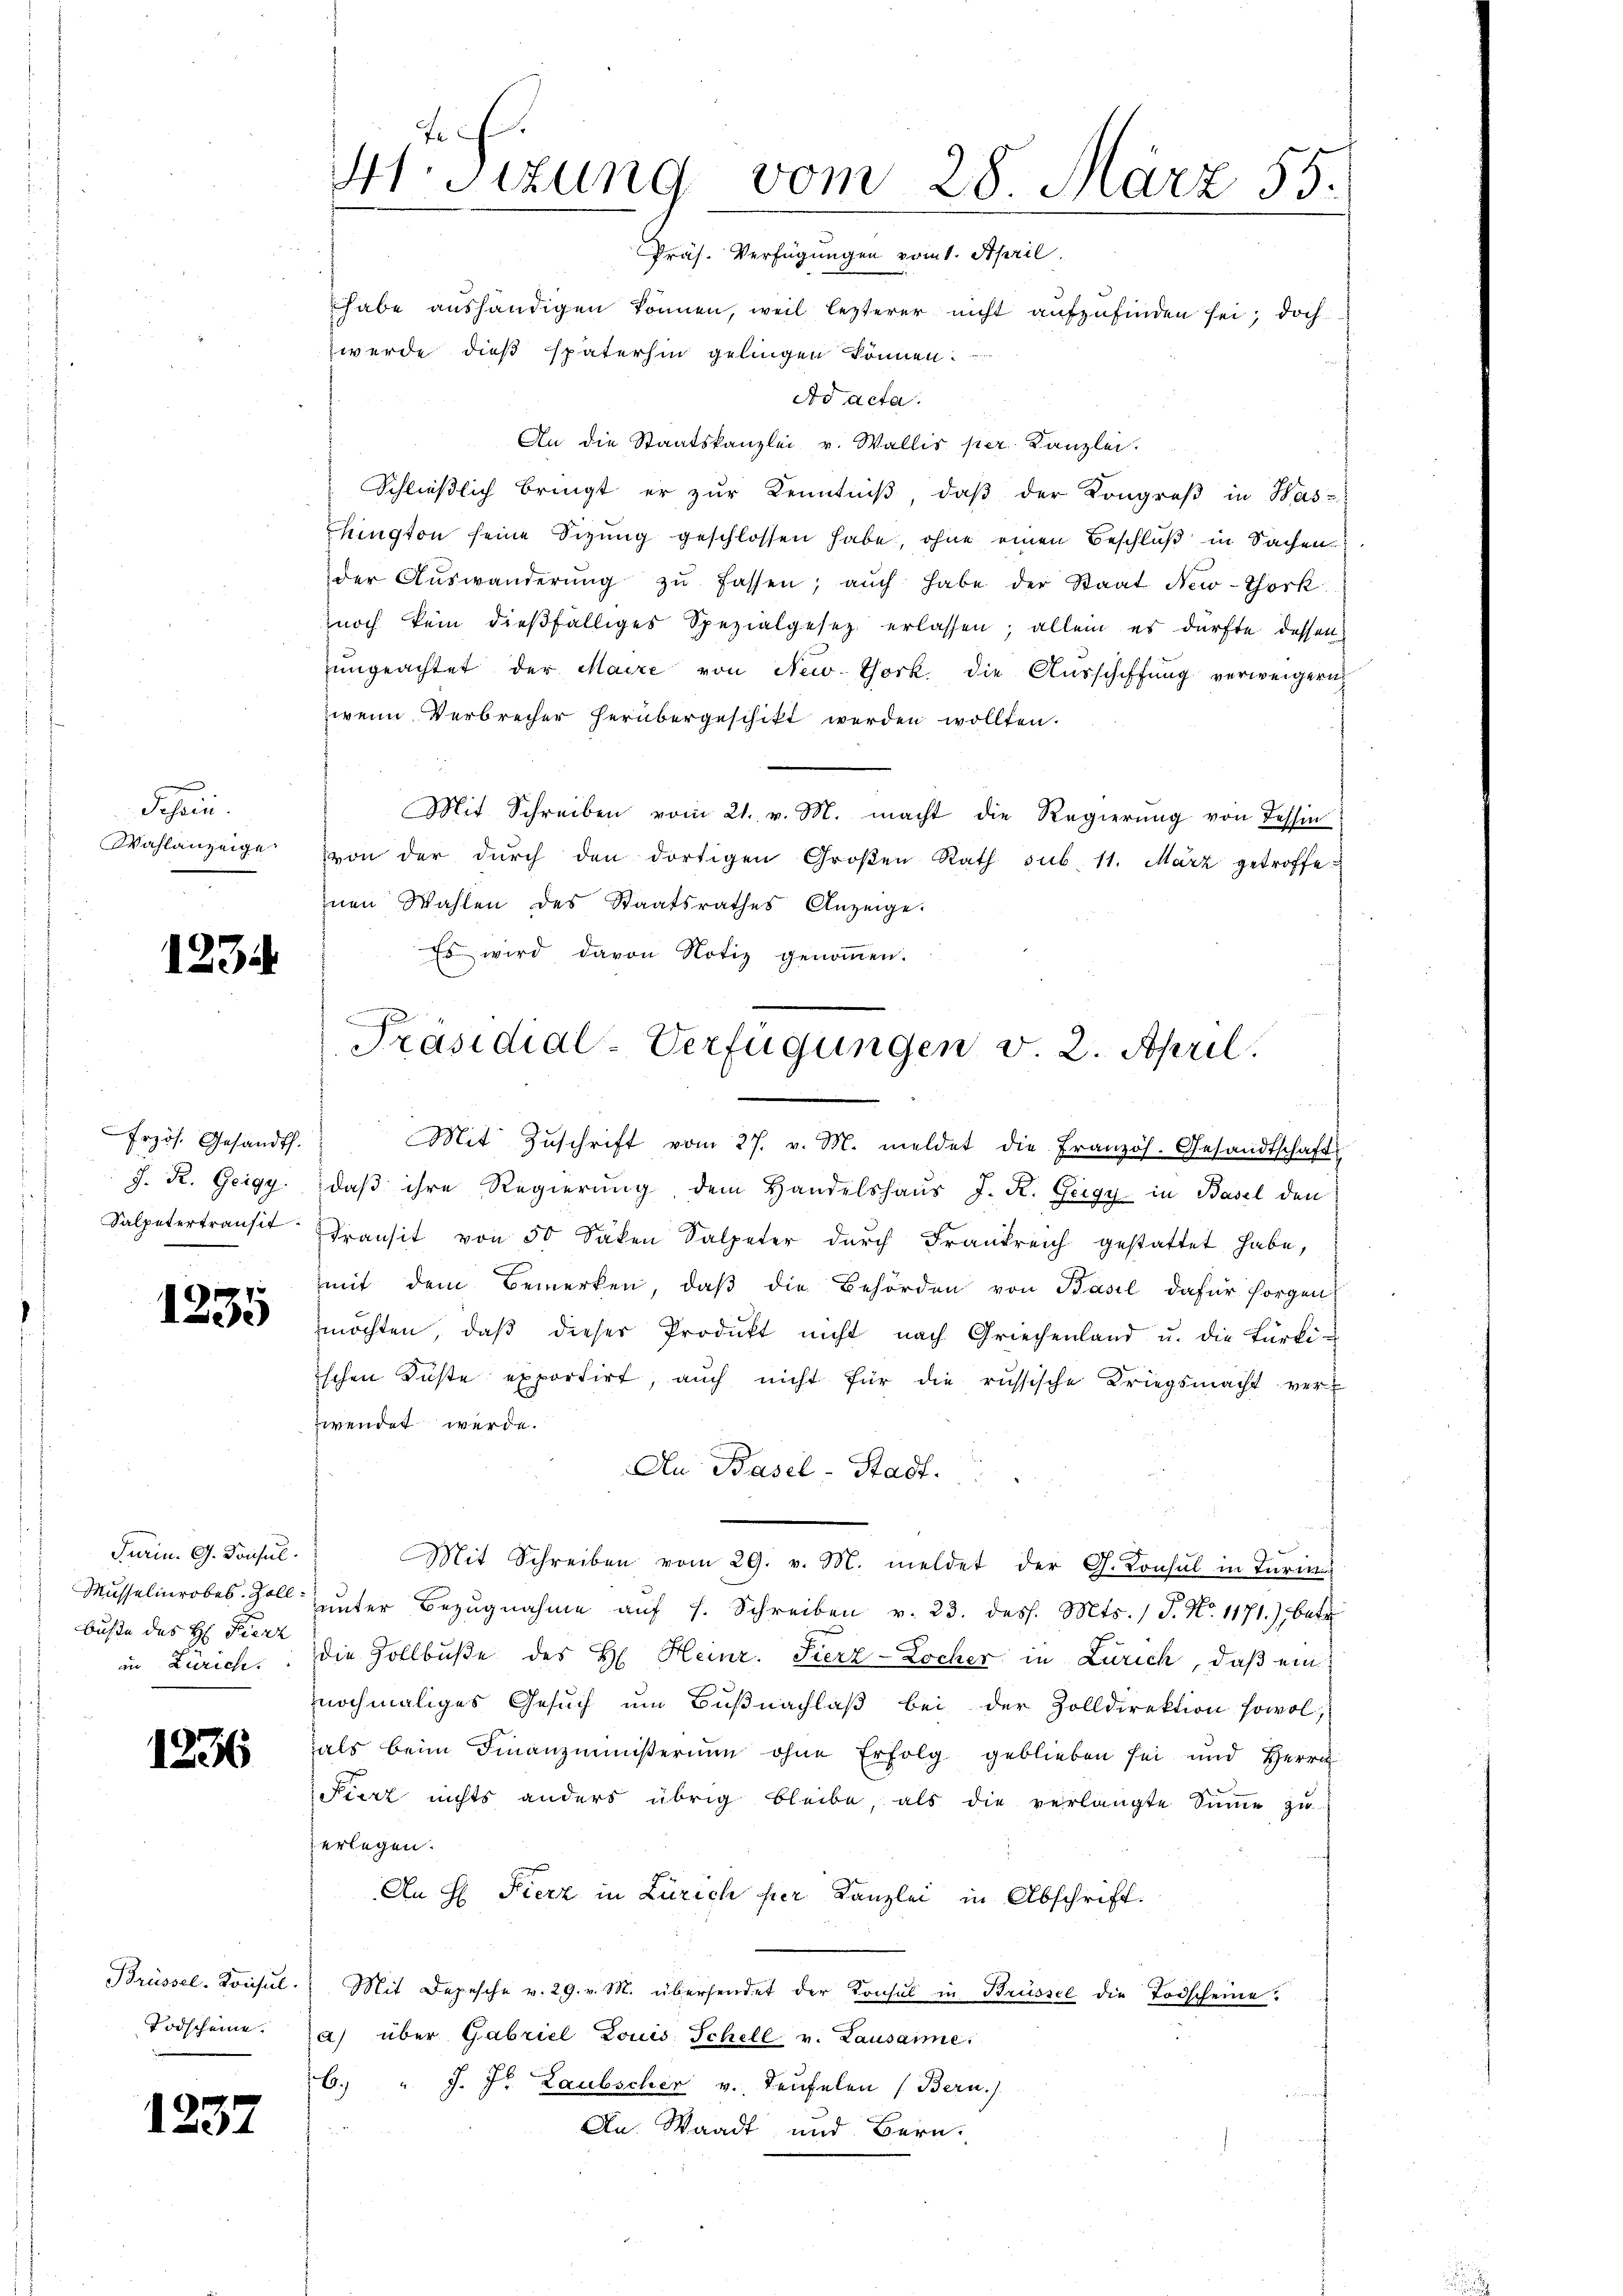
Sefueri
Wahlanzeige

1234

Erzös. Gesandt.
J. R. Geigg.

1235

Turin. G. Tonsul
buße des H. Fierz
in Zürich.

1236

Brüssel. Konsul
Todscheine.

1237

werde dieß späterhin gelingen können.
Ad acta.
An die Staatskanzlei v. Wallis per Kanzlei.
Schlieβlich bringt er zŭr Kenntniβ, daβ der Kongroβ in Was-
hington seine Sizung geschlossen habe, ohne einen Beschluß in Sachen
der Aŭswanderŭng zŭ fassen, aŭch habe der Staat New-York
noch kein dießfälliges Spezialgesetz erlassen; allein es dürfte dessen
ŭngeachtet der Maire von New-York, die Ausschiffung verweigern
zweim Verbrecher herübergeschikt werden wollten.
Mit Schreiben vom 21. v. M. macht die Regierung von dessin
von der dŭrch den dortigen Großen Rath sub. 11. März getroffe
inen Wahlen des Staatsrathes Anzeige.
Es wird davon Notiz genommen.

F
H.sizung vom 28. März 55.
Präs. Verfügungen vom 1. April.
habe aushändigen können, weil lezterer nicht aufzufinden sei; doch

Präsidial-Verfügungen v. 2. April.

Mit Zŭschrift vom 27. v. M. meldet die Französ. Gesandtschaft
daβ ihre Regierung, dem Handelshaŭs J. K. Geigy in Basel den
Salpetertransit Transit von 50 Saken Salpeter dŭrch Frankreich gestattet habe,
mit dem Bemerken, daß die Behörden von Basel dafür sorgen
möchten, daβ dieser Produkt nicht nach Griechenland u. die Bärli-
ischen Füste exportirt, auch nicht für die russische Kriegsmacht verwendet werde.
An Basel-Stadt.
Mit Schreiben vom 29. v. M. meldet der G. Konsul in Turin
Musselinrobes ŭnter Bezŭgnahme aŭf s. Schreiben v. 23. dess. Mts. 1 S. Nr. 1171.) betr
die Zollbuße des H. Heinr. Fierz-Locher in Zürich, daß ein
nochmaliges Gesŭch ŭm Bŭβnachlaβ bei der Zolldirektion sowol,
als beim Finanzmeisterium ohne Erfolg geblieben sei und Herrn
Fierz nichts anders übrig bleibe, als die verlangte Sŭṁe zŭ
erlegen.
An H. Fierz in Zürich per Kanzlei in Abschrift.
Mit Depesche v. 29. v. M. übersendet der Konsul in Brüssel die Todscheine:
a) über Gabriel Louis Schell v. Lausamme:
6. " J. J. Laubscher v. Teufelen (Bern.)
An. Waadt und Bern.